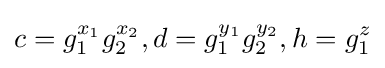
c={g}_{1}^{x_{1}}g_{2}^{x_{2}},d={g}_{1}^{y_{1}}g_{2}^{y_{2}},h={g}_{1}^{z}